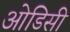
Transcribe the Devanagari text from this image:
आेडिसी